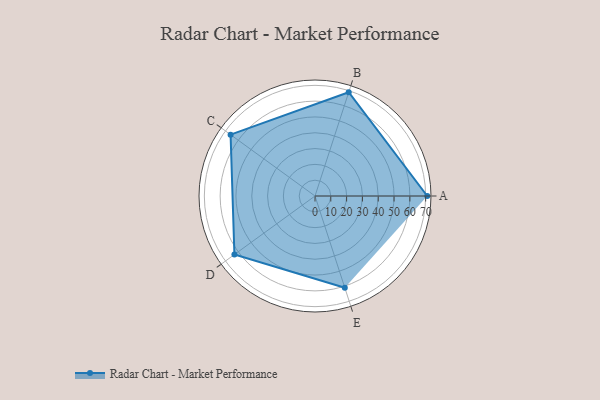
{"axis": {"x": "Skill", "y": "Score"}, "legend": ["Profile"], "data": [{"x": "A", "y": 71.0, "type": "Profile"}, {"x": "B", "y": 69.0, "type": "Profile"}, {"x": "C", "y": 66.0, "type": "Profile"}, {"x": "D", "y": 63.0, "type": "Profile"}, {"x": "E", "y": 61.0, "type": "Profile"}]}